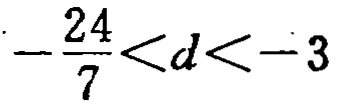
\(-\frac{24}{7}<d<-3\)